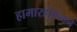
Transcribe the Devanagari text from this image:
हामारहोएल्डने